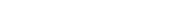
١٣